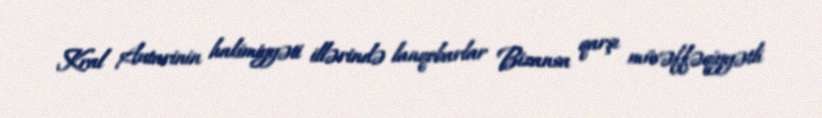
Kral Autarinin hakimiyyəti illərində lanqobarlar Bizansa qarşı müvəffəqiyyətli